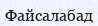
Файсалабад